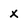
Character: x